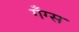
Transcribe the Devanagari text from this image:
गँग्स